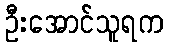
ဦးအောင်သူရက